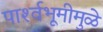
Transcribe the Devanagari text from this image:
पार्श्‍वभूमीमुळे